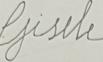
Signature authenticity: forged